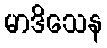
မာဒိသေန